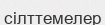
сілттемелер